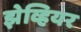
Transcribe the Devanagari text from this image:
झेव्हियर